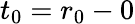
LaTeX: t_{0}=r_{0}-0